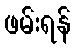
ဖမ်းရန်